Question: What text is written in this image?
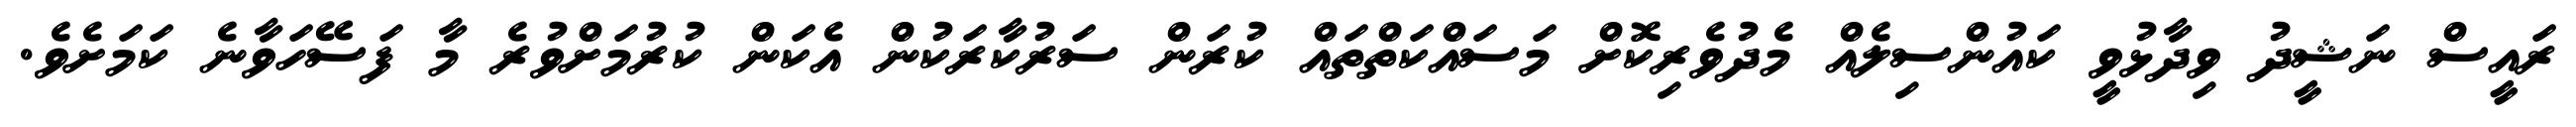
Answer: ރައީސް ނަޝީދު ވިދާޅުވީ ކައުންސިލެއް މެދުވެރިކޮށް މަސައްކަތްތައް ކުރަން ސަރުކާރަކުން އެކަން ކުރުމަށްވުރެ މާ ފަސޭހަވާނެ ކަމަށެވެ.